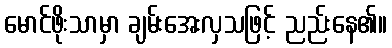
မောင်ဖိုးသာမှာ ချမ်းအေးလှသဖြင့် ညည်းနေ၏။